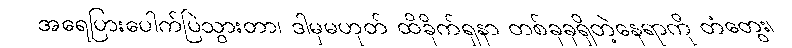
အရေပြားပေါက်ပြဲသွားတာ၊ ဒါမှမဟုတ် ထိခိုက်ရှနာ တစ်ခုခုရှိတဲ့နေရာကို တံတွေး၊